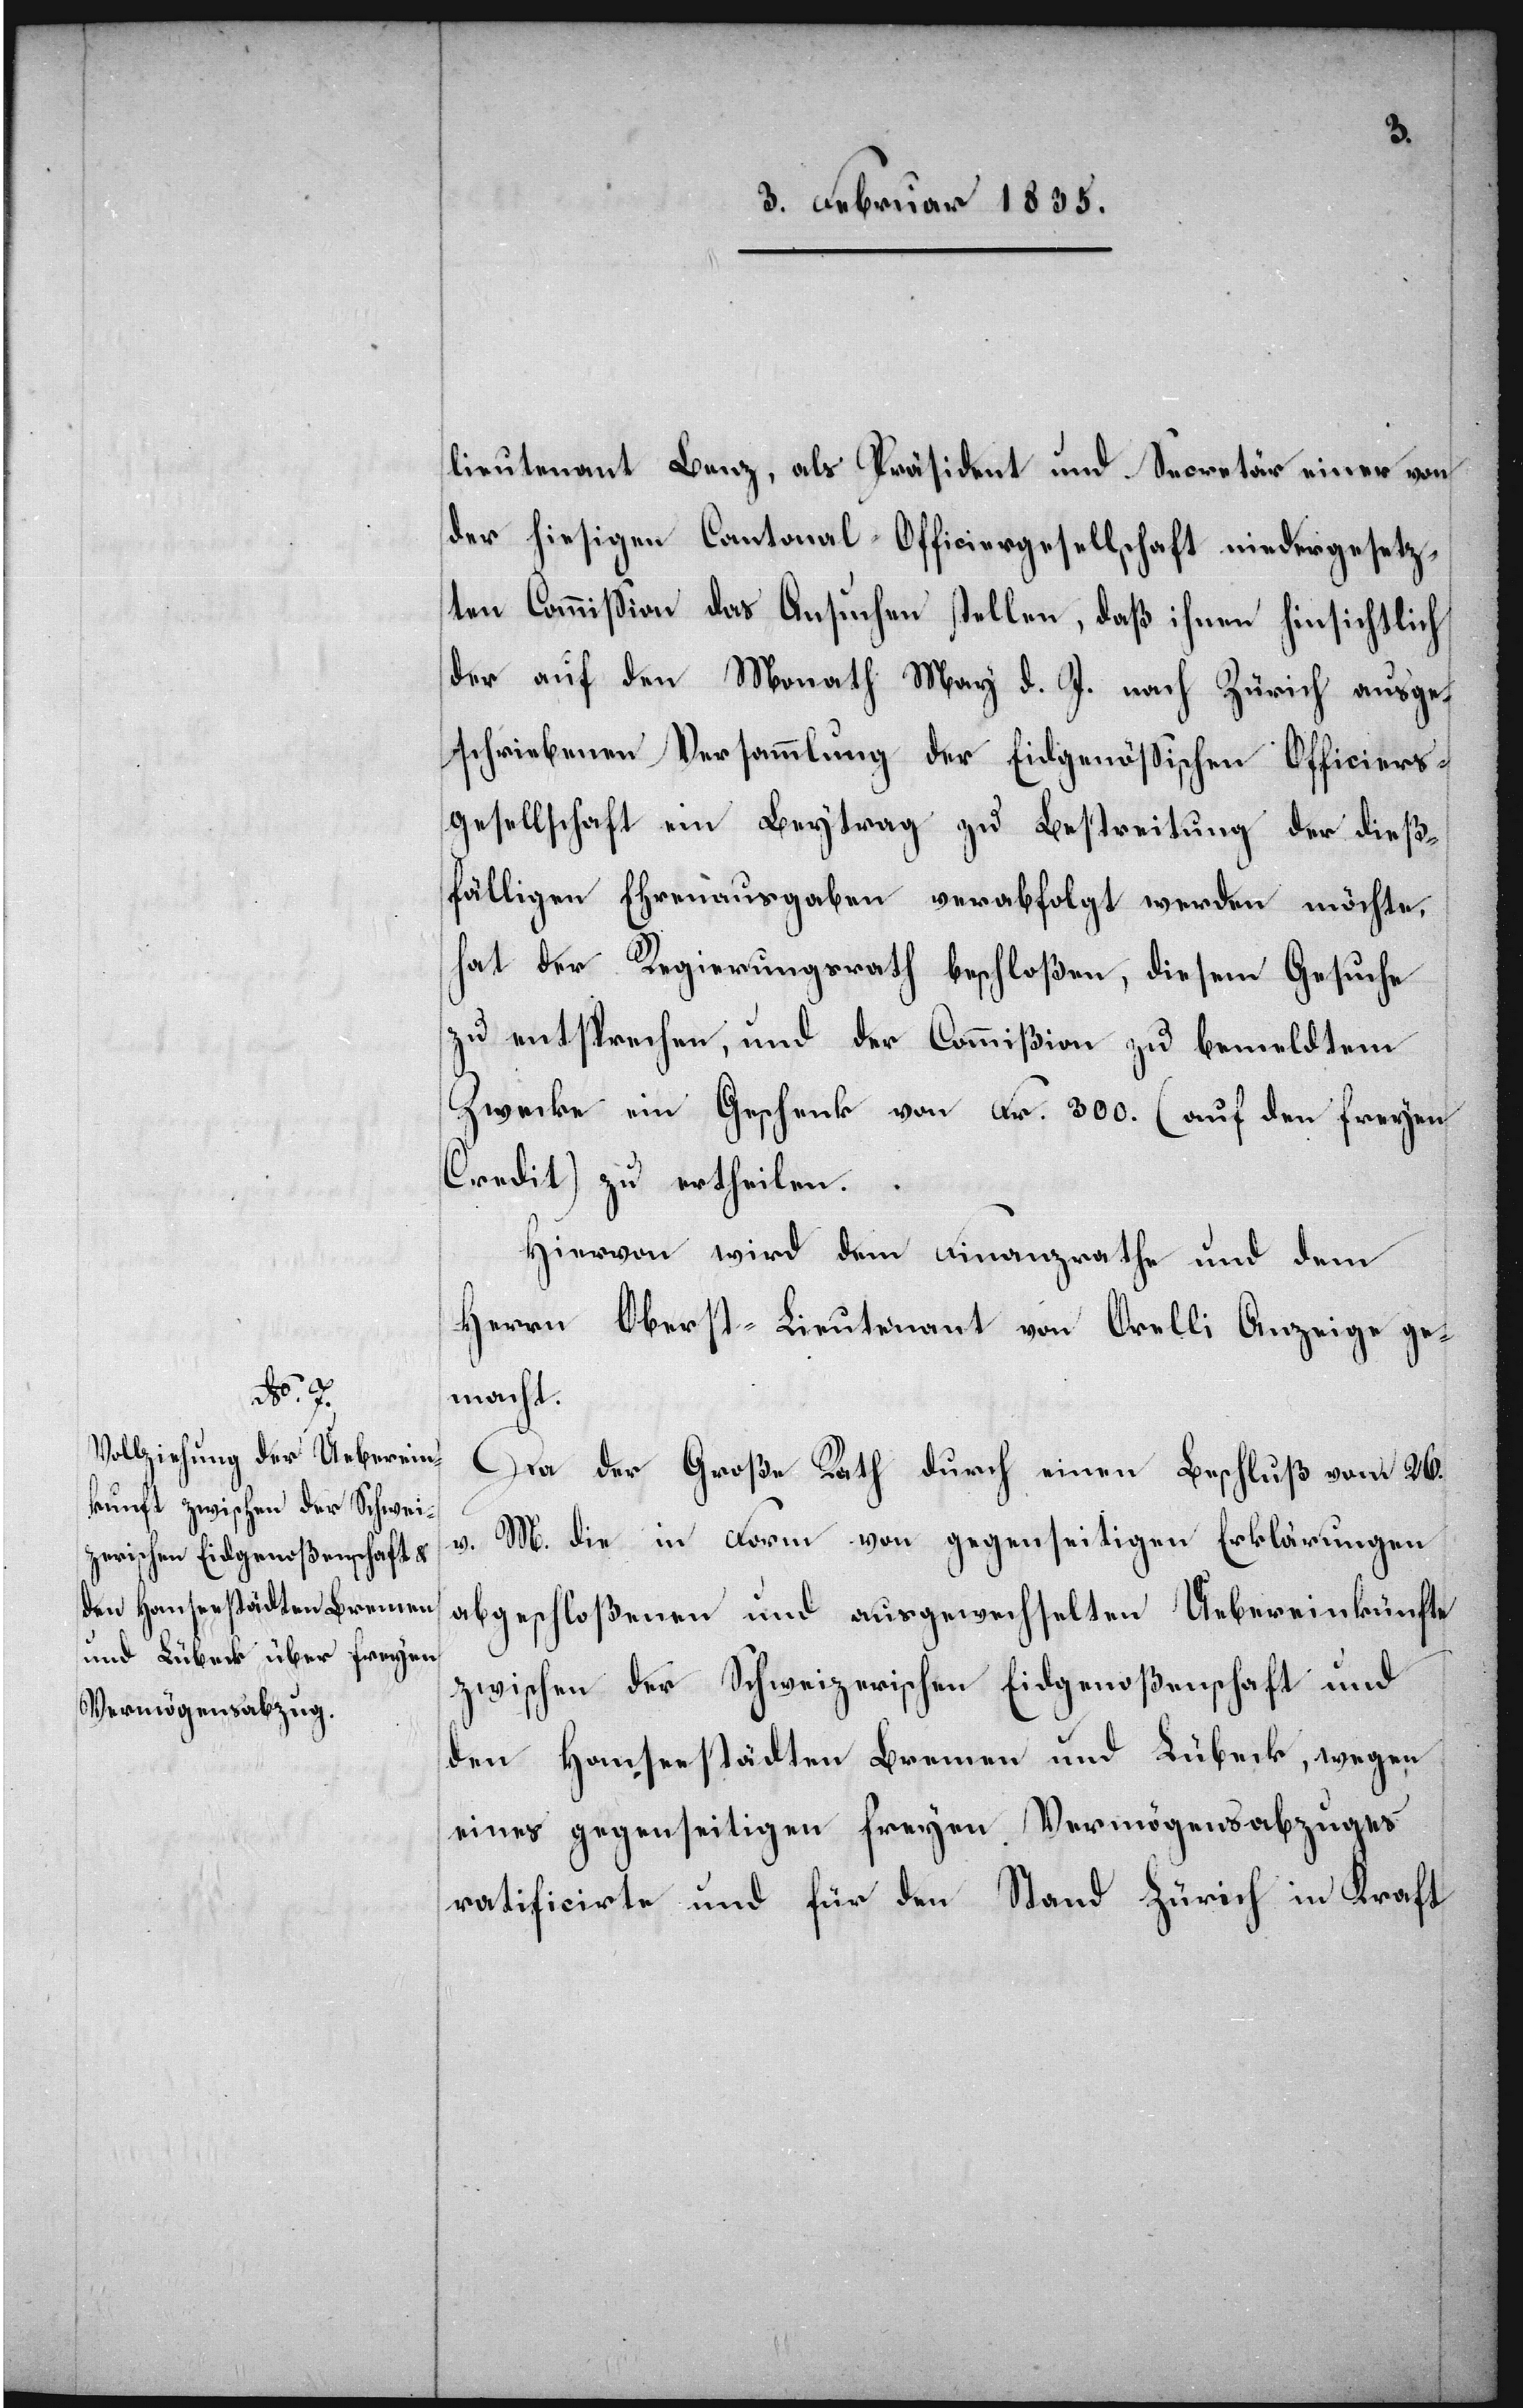
lieutenant Benz, als Präsident und Secretär einer von
der hiesigen Cantonal-Officiergesellschaft niedergesetz¬
en Commißion das Ansuchen stellen, daß ihnen hinsichtlich
der auf den Monath März d. J. nach Zürich ausge¬
schriebenen Versammlung der Eidgenößischen Officiers¬
gesellschaft ein Beitrag zu Bestreitung der dieß¬
fälligen Ehrenausgaben verabfolgt werden möchte,
hat der Regierungsrath beschloßen, diesem Gesuche
zu entsprechen, und der Comißion zu bemeldtem
Zwecke ein Geschenk von Fr. 300. (auf den freyen
Credit) zu ertheilen.
Hiervon wird dem Finanzrathe und dem
Herrn Oberst-Lieutenant von Orelli Anzeige ge¬
macht.
Da der Große Rath durch einen Beschluß vom 26. v.
M. die in Form von gegenseitigen Erklärungen
abgeschloßenen und ausgewechselten Uebereinkünfte
zwischen der Schweizerischen Eidgenoßenschaft und
den Hanseestädten Bremen und Lübeck, wegen
eines gegenseitigen freyen Vermögensabzuges
ratificirte und für den Stand Zürich in Kraft